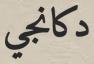
دكانجي